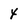
Character: 4